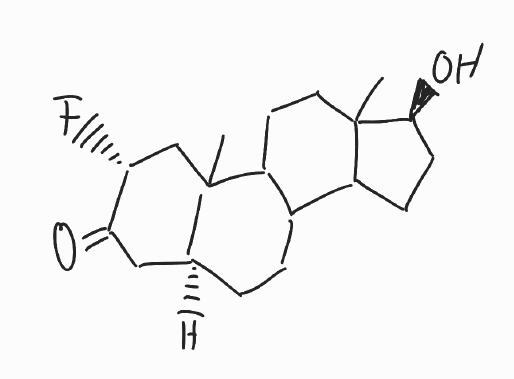
Simplified molecular-input line-entry system (SMILES) notation of the given molecule:
CC12CCC3C(C1CC[C@@H]2O)CC[C@@H]4C3(C[C@H](C(=O)C4)F)C